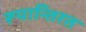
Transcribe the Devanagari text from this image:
रूपान्तिरत